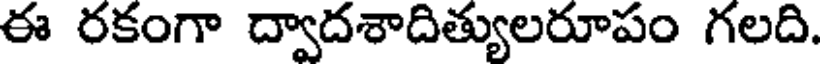
ఈ రకంగా ద్వాదశాదిత్యులరూపం గలది.